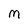
Character: m